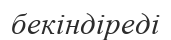
бекіндіреді